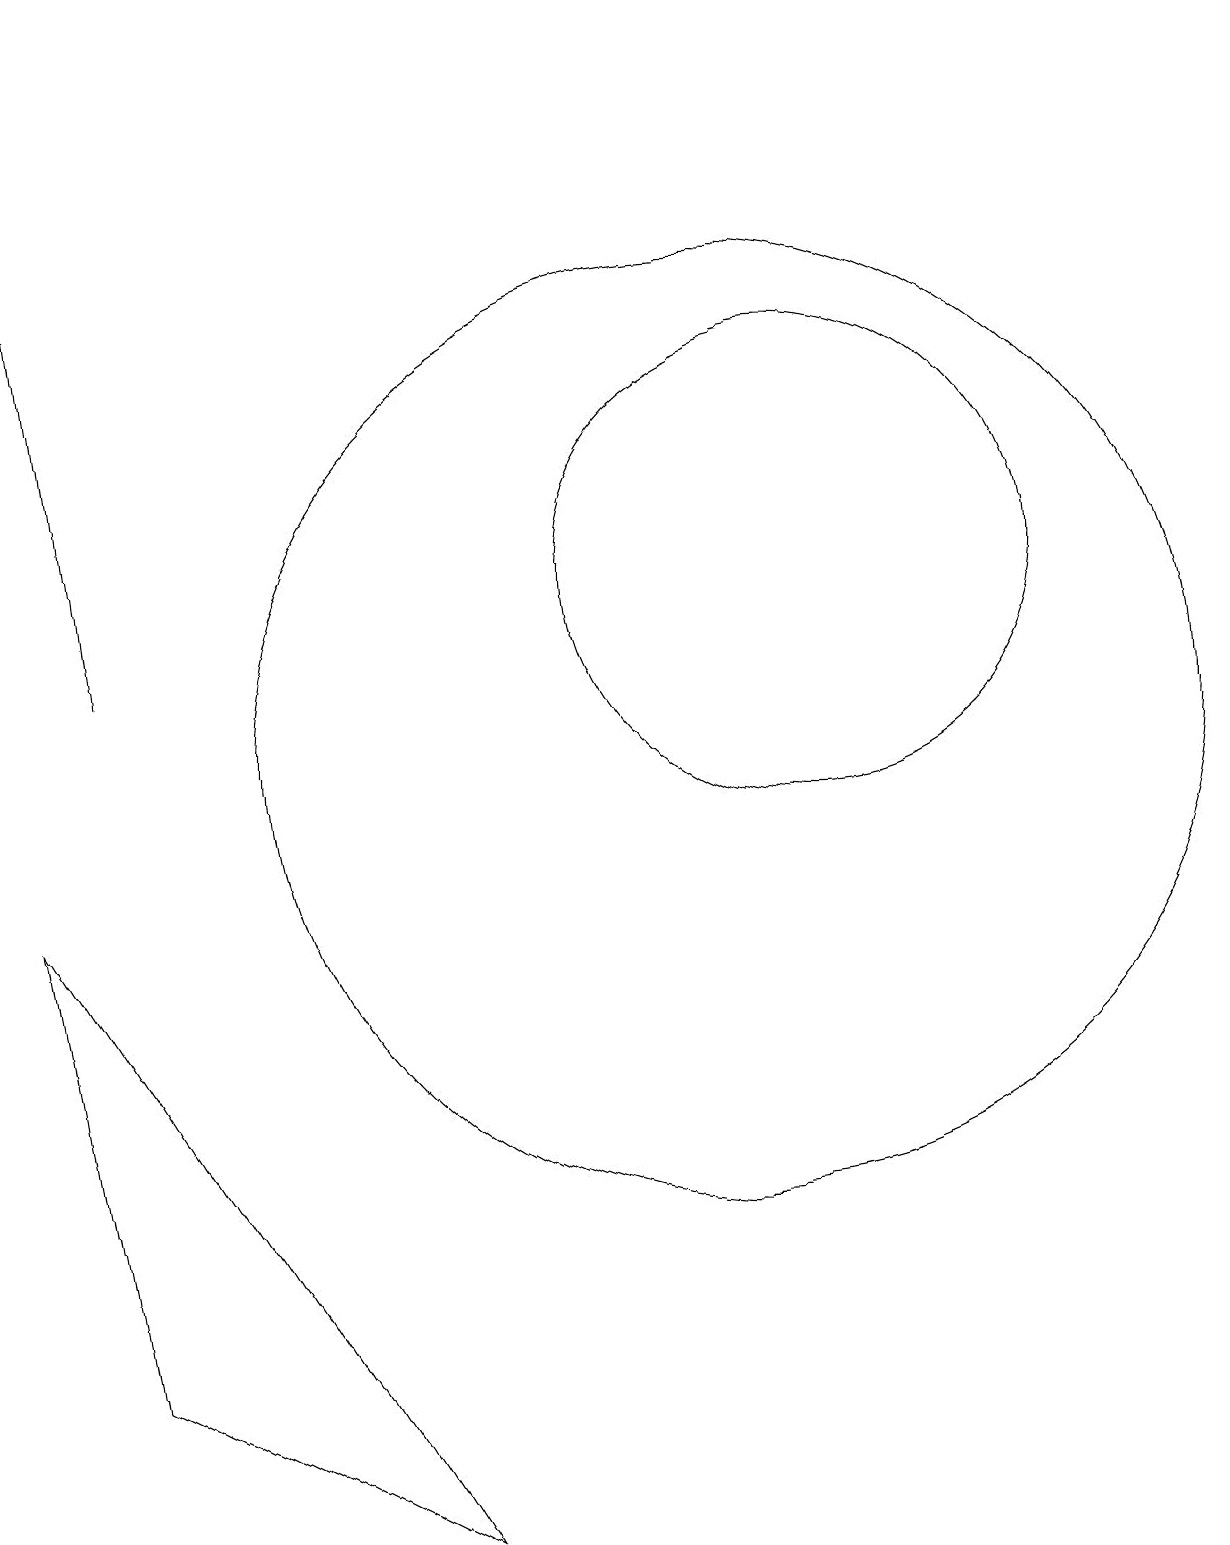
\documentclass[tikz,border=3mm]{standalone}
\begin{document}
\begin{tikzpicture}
\draw (10,10) circle (6);
\draw[->] (2,11) -- (1,19);
\draw (11,12) circle (3);
\draw (1,8) -- (2,2) -- (6,0) -- cycle;
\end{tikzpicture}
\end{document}